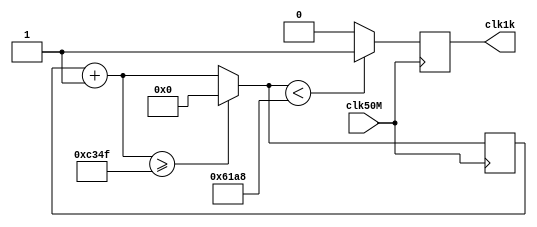
module clk_div(clk50M, clk1k);
	input clk50M;
	output reg clk1k;
	
	reg [27:0] count=28'b0;
	parameter pembagi = 28'd50000;
	
	always @ (posedge clk50M) begin
		count = count +1'b1;
		if (count >=(pembagi-1))
			count = 28'd0;
		clk1k = (count < pembagi/2)? 1'b1:1'b0;
		end
endmodule